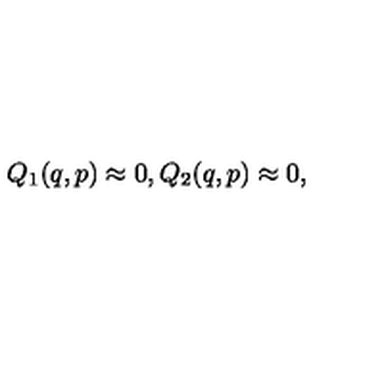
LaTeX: Q _ { 1 } ( q , p ) \approx 0 , Q _ { 2 } ( q , p ) \approx 0 ,